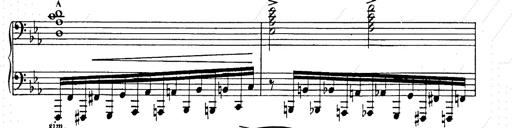
Title: Ballade No.2
Composer: Jan Skrzydlewski
Key: B minor